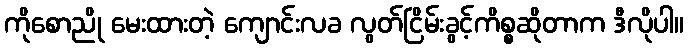
ကိုစောညို မေးထားတဲ့ ကျောင်းလခ လွတ်ငြိမ်းခွင့်ကိစ္စဆိုတာက ဒီလိုပါ။